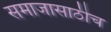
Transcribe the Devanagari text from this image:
समाजासाठीच